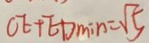
C E + E D _ { \min } = \sqrt { 5 }